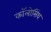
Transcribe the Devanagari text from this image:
कॉलोसिंथ